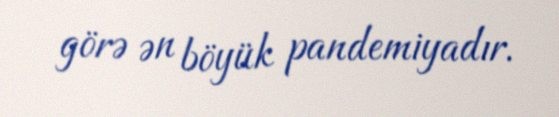
görə ən böyük pandemiyadır.